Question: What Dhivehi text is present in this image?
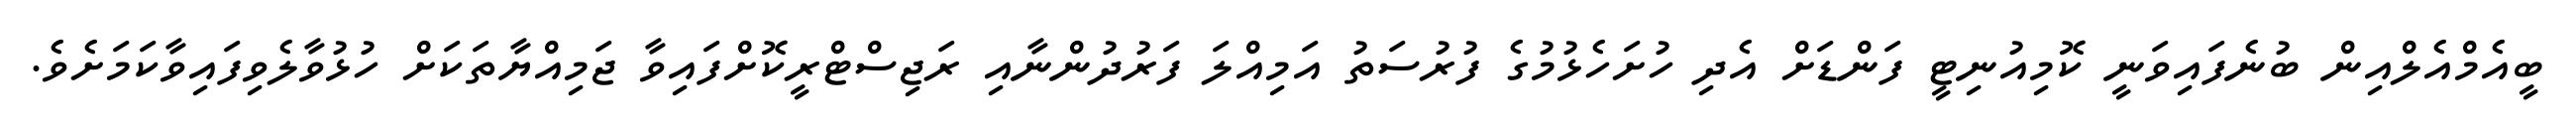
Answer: ބީއެމްއެލްއިން ބުނެފައިވަނީ ކޮމިއުނިޓީ ފަންޑަށް އެދި ހުށަހެޅުމުގެ ފުރުސަތު އަމިއްލަ ފަރުދުންނާއި ރަޖިސްޓްރީކޮށްފައިވާ ޖަމިއްޔާތަކަށް ހުޅުވާލެވިފައިވާކަމަށެވެ.